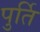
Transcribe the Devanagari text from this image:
पुर्ति